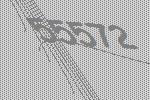
55572